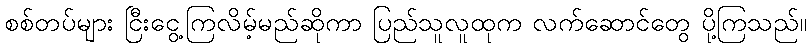
စစ်တပ်များ ငြီးငွေ့ကြလိမ့်မည်ဆိုကာ ပြည်သူလူထုက လက်ဆောင်တွေ ပို့ကြသည်။